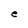
Character: e